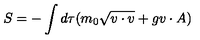
S = - \int d \tau ( m _ { 0 } \sqrt { v \cdot v } + g v \cdot A )